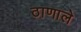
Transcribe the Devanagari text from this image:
ठाणाले